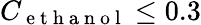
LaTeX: C_{\mathrm{~e~t~h~a~n~o~l~}}\leq 0.3